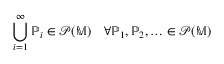
\bigcup _ { i = 1 } ^ { \infty } \mathbb { P } _ { i } \in \mathcal { P } ( \mathbb { M } ) \quad \forall \mathbb { P } _ { 1 } , \mathbb { P } _ { 2 } , \hdots \in \mathcal { P } ( \mathbb { M } )